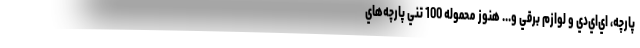
پارچه،‌ اي‌اي‌دي و لوازم برقي و... هنوز محموله 100 تني پارچه‌هاي